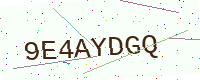
Text: 9E4AYDGQ